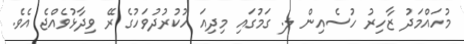
މުހައްމަދު ޒާހިރު ހުސެއިން ލ. ގަމުގައި މިދިއަ ހުކުރުދުވަހުގެ ރޭ ވިދާޅުވެއްޖެ އެވެ.